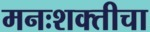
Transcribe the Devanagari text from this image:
मनःशक्तीचा